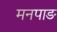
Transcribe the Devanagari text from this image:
मनपाङ